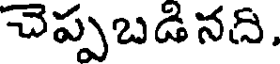
చెప్పబడినది.